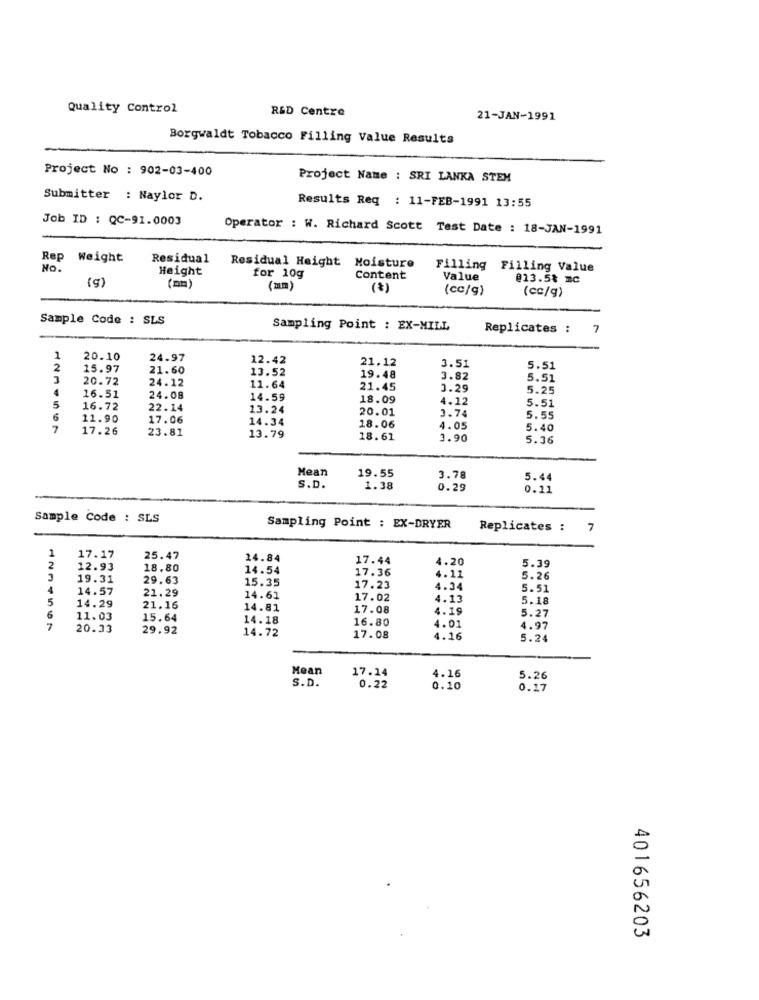
Quality Control
R&D Centre
21-JAN-1991
Borgwaldt Tobacco Filling Value Results
Project No : 902-03-400
Project Name : SRI LANKA STEM
Submitter : Naylor D.
Results Req : 11-FEB-1991 13:55
Job ID : QC-91.0003
Operator : W. Richard Scott Test Date : 18-JAN-1991
Rep Weight
Residual
No.
Height
Residual Height Moisture
for 10g
Filling Filling Value
Content
Value
@13.5% mc
(am)
(mm)
(cc/g)
(cc/g)
Sample Code : SLS
Sampling Point : EX-MILL
Replicates :
7
1
20.10
24.97
12.42
21.12
3.51
2
15.97
21.60
13.52
5.51
20.72
24.12
19.48
3.82
5.51
11.64
21.45
3.29
5.25
16.51
24.08
14.59
18.09
4.12
5.51
5
16.72
22.14
13.24
20.01
11.90
17.06
14.34
3.74
5.55
7
17.26
23.81
18.06
4.05
5.40
13.79
18.61
1.90
5.36
Mean
19.55
3.78
5.44
S.D.
1.38
0.29
0.11
Sample Code : SLS
Sampling Point : EX-DRYER
Replicates :
7
17.17
25.47
24.84
17.44
4.20
2
12.93
18.80
14.54
17.36
5.39
19.31
29.63
15.35
4.11
5.26
4
14.57
21.29
17.23
4.34
5.51
5
14.61
17.02
4.13
5.18
14.29
21.16
14.81
17.08
4.19
6
11.03
15.64
14.18
16.80
4.01
5.27
7
20.33
29.92
14.72
4.97
17.08
4.16
5.24
Mean
17.14
S.D.
4.16
5.26
0.22
0.10
0.17
401656203